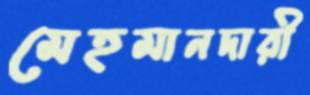
মেহমানদারী